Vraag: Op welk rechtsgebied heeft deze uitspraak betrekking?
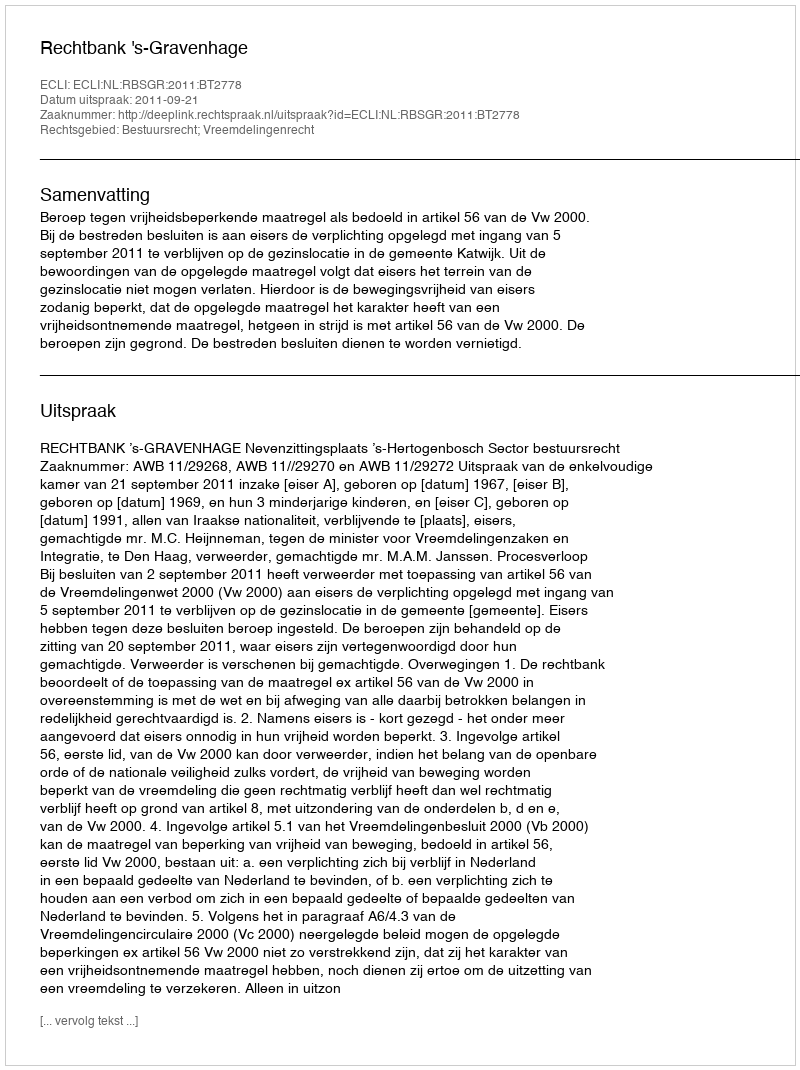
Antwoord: Bestuursrecht; Vreemdelingenrecht